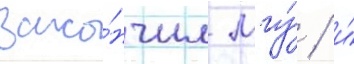
зако́нчил мгу́ / и́